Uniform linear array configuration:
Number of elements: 4
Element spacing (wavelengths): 0.75
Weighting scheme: blackman
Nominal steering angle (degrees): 15
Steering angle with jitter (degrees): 14.889
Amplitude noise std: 0.05
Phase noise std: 0.05

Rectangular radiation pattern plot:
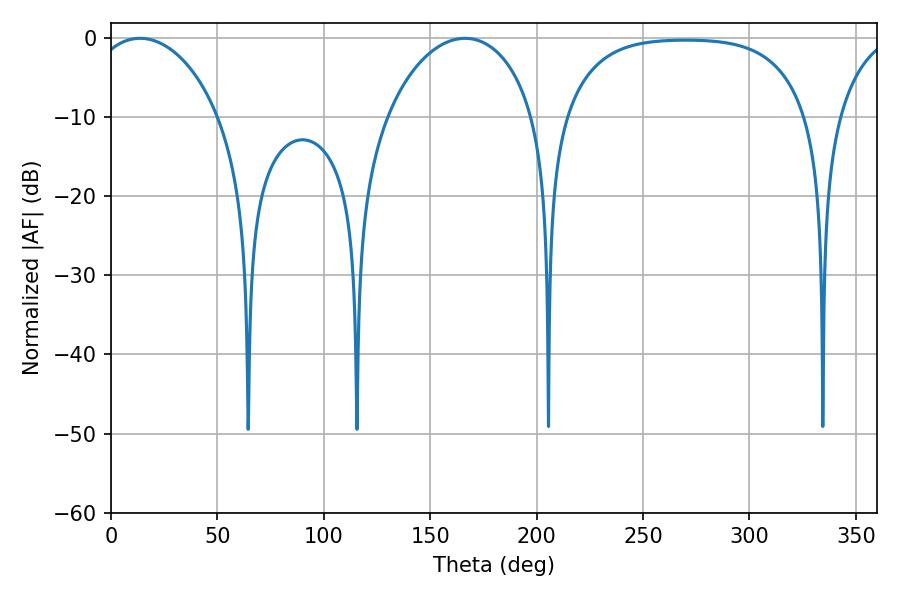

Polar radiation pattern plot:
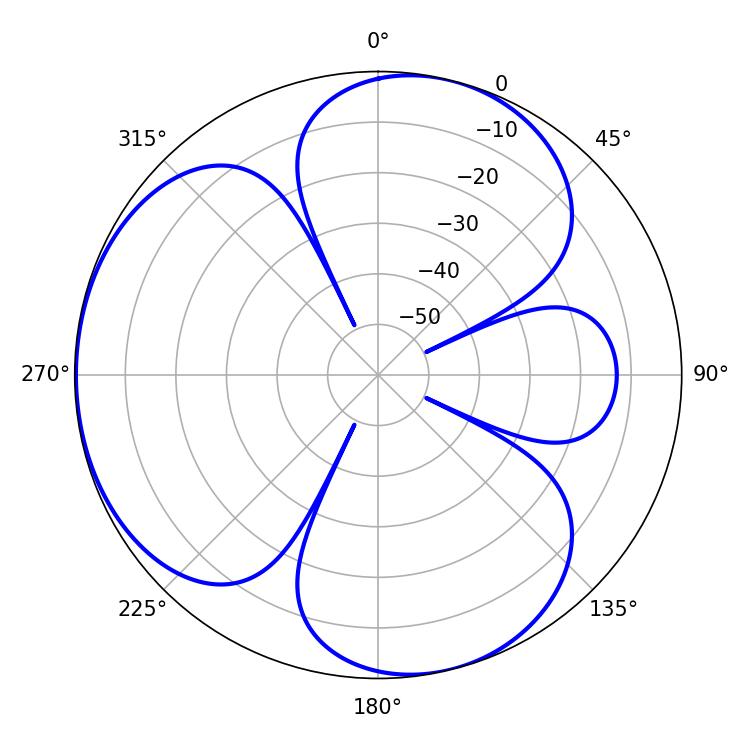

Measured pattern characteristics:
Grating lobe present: TRUE
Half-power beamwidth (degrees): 34.56
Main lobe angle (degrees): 13.68